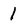
Character: 1